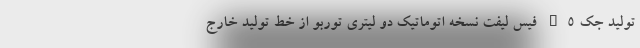
تولید جک S5 فیس لیفت نسخه اتوماتیک دو لیتری توربو از خط تولید خارج